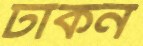
ঢাকন